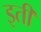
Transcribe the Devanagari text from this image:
इती